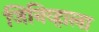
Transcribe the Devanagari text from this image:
जिनिव्हाला